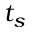
t _ { s }